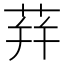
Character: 荓